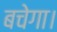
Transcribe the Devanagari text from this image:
बचेगा।